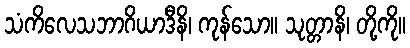
သံကိလေသဘာဂိယာဒီနိ၊ ကုန်သော။ သုတ္တာနိ၊ တို့ကို။